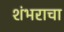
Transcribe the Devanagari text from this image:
शंभराचा